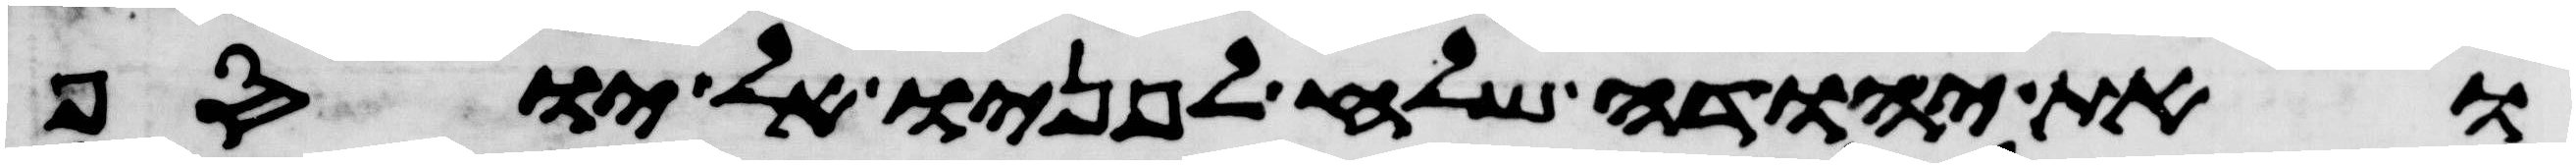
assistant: ואת יהודה שלח לפניו אל יוסף